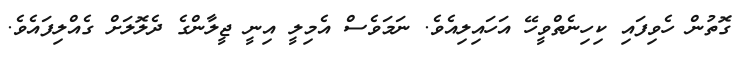
ގޮތުން ހެވިފައި ކިހިނެތްވީހޭ އަހައިލިއެވެ. ނަމަވެސް އެމިލީ އިނީ ޖީލާންގެ ދެލޮލަށް ގެއްލިފައެވެ.